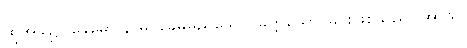
ထိုအခါ၌။ ခေမော နာမ၊ ခေမမည်သော။ ခတ္တိယော၊ မင်းဖြစ်သည်။ အာသိ၊